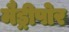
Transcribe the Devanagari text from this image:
मैड्रीपोर